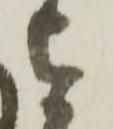
を